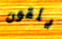
يلقون